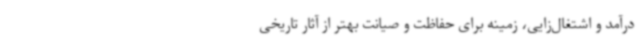
درآمد و اشتغال‌زایی، زمینه برای حفاظت و صیانت بهتر از آثار تاریخی